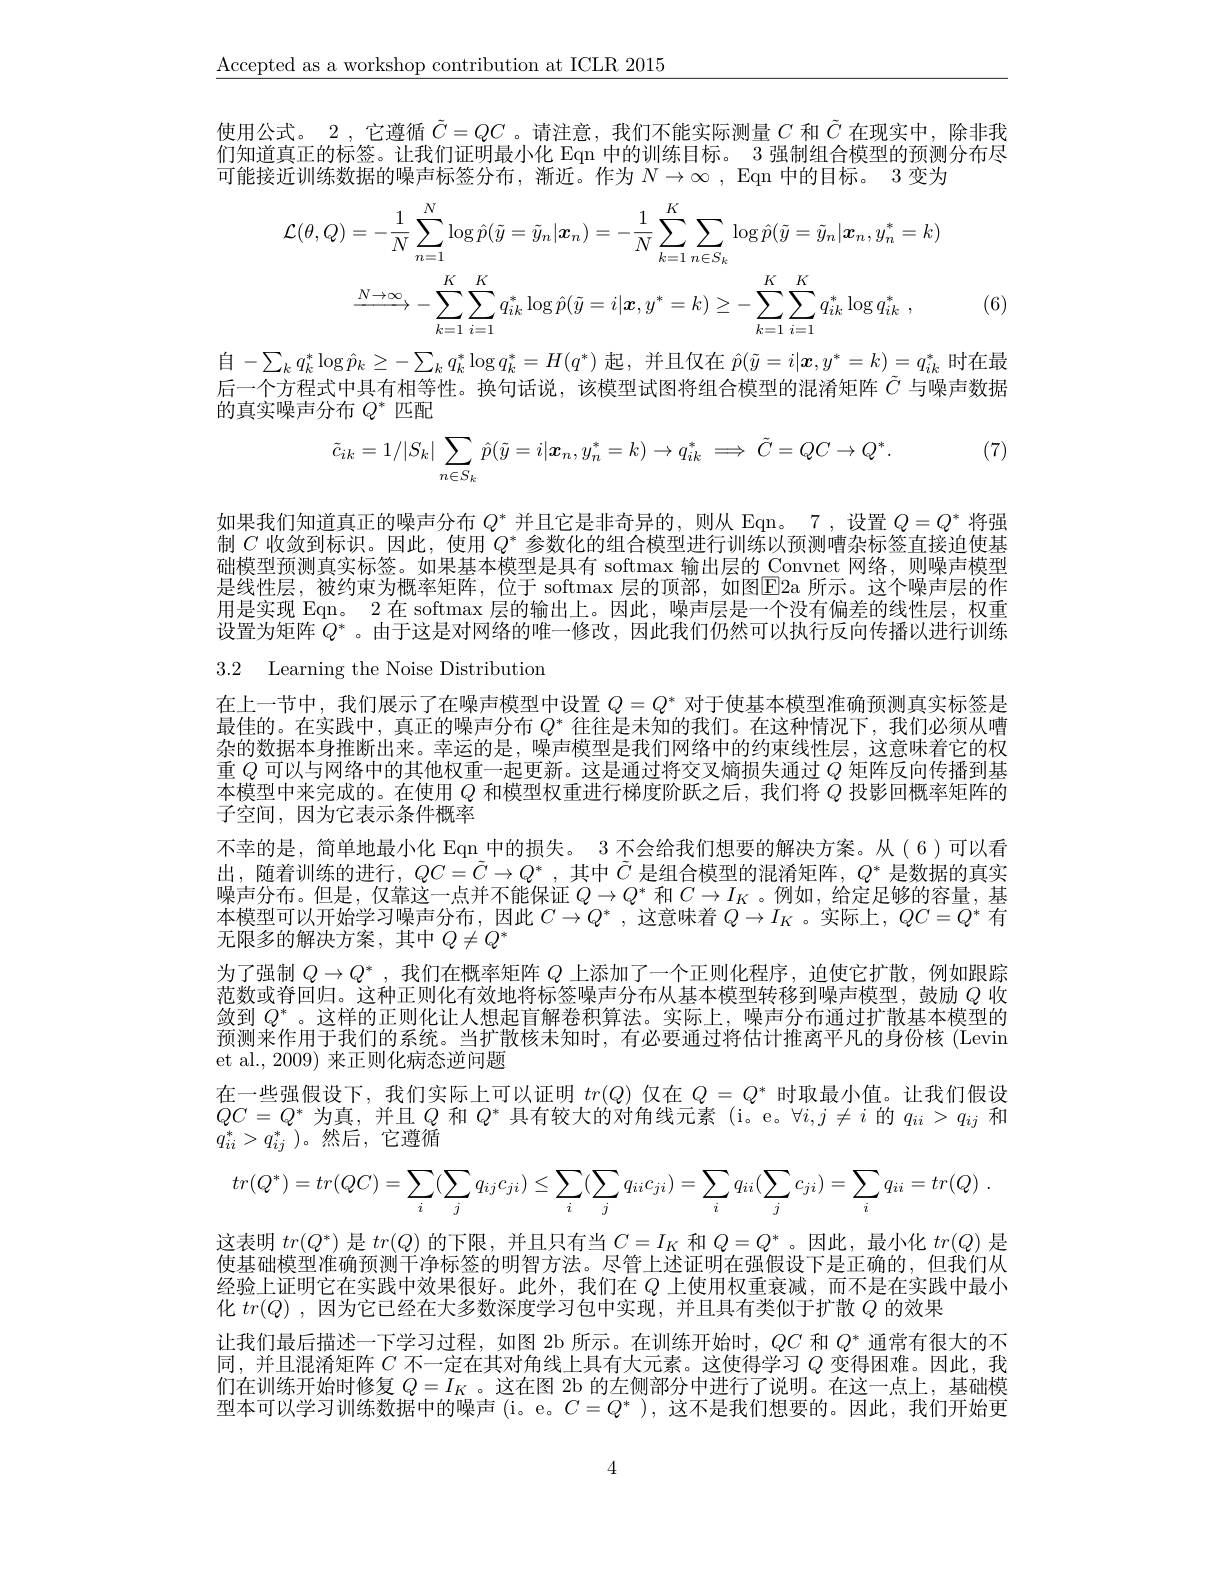
Accepted as a workshop contribution at ICLR 2015

使用公式。2 ,它遵循$\tilde{C}=QC$ 。请注意，我们不能实际测量$C$和$\tilde{C}$在现实中，除非我们知道真正的标签。让我们证明最小化 Eqn 中的训练目标。3 强制组合模型的预测分布尽可能接近训练数据的噪声标签分布，渐近。作为 $N\to \infty$ , Eqn 中的目标。3 变为
$$\mathcal{L}(\theta,Q)=-\frac{1}{N}\sum_{n=1}^{N}\log\hat{p}(\tilde{y}=\tilde{y}_{n}|\boldsymbol{x}_{n})=-\frac{1}{N}\sum_{k=1}^{K}\sum_{n\in S_{k}}\log\hat{p}(\tilde{y}=\tilde{y}_{n}|\boldsymbol{x}_{n},y_{n}^{*}=k)\\\xrightarrow{N\to\infty}-\sum_{k=1}^{K}\sum_{i=1}^{K}q_{ik}^{*}\log\hat{p}(\tilde{y}=i|\boldsymbol{x},y^{*}=k)\geq-\sum_{k=1}^{K}\sum_{i=1}^{K}q_{ik}^{*}\log q_{ik}^{*}\:,$$
(6)

自$-\sum_kq_k^*\log\hat{p}_k\geq-\sum_kq_k^*\log q_k^*=H(q^*)$起，并且仅在$\hat{p}(\tilde{y}=i|\boldsymbol{x},y^*=k)=q_{ik}^*$时在最后一个方程式中具有相等性。换句话说，该模型试图将组合模型的混淆矩阵$\tilde{C}$与噪声数据的真实噪声分布$Q^*$匹配
$$\tilde{c}_{ik}=1/|S_k|\sum_{n\in S_k}\hat{p}(\tilde{y}=i|\boldsymbol{x}_n,y_n^*=k)\to q_{ik}^*\implies\tilde{C}=QC\to Q^*.$$
(7)

如果我们知道真正的噪声分布$Q^*$并且它是非奇异的，则从 Eqn。7 ,设置$Q=Q^*$将强制$C$收敛到标识。因此，使用$Q^*$参数化的组合模型进行训练以预测嘈杂标签直接迫使基础模型预测真实标签。如果基本模型是具有 softmax 输出层的 Convnet 网络，则噪声模型是线性层，被约束为概率矩阵，位于 softmax 层的顶部，如图E2a 所示。这个噪声层的作用是实现 Eqn。2 在 softmax 层的输出上。因此，噪声层是一个没有偏差的线性层，权重设置为矩阵$Q^*$ 。由于这是对网络的唯一修改，因此我们仍然可以执行反向传播以进行训练

3.2 Learning the Noise Distribution

在上一节中，我们展示了在噪声模型中设置$Q=Q^*$对于使基本模型准确预测真实标签是最佳的。在实践中，真正的噪声分布$Q^*$往往是未知的我们。在这种情况下，我们必须从嘈杂的数据本身推断出来。幸运的是，噪声模型是我们网络中的约束线性层，这意味着它的权重$Q$可以与网络中的其他权重一起更新。这是通过将交叉熵损失通过$Q$矩阵反向传播到基本模型中来完成的。在使用$Q$和模型权重进行梯度阶跃之后，我们将$Q$投影回概率矩阵的子空间，因为它表示条件概率
不幸的是，简单地最小化 Eqn 中的损失。3 不会给我们想要的解决方案。从(6)可以看出，随着训练的进行，$QC=\tilde{C}\to Q^*$,其中$\tilde{C}$是组合模型的混淆矩阵，$Q^*$是数据的真实噪声分布。但是，仅靠这一点并不能保证$Q\to Q^*$和$C\to I_K$ 。例如，给定足够的容量，基本模型可以开始学习噪声分布，因此$C\to Q^*$,这意味着$Q\to I_K$ 。实际上，$QC=Q^*$有无限多的解决方案，其中$Q\neq Q^*$
为了强制$Q\to Q^*$,我们在概率矩阵$Q$上添加了一个正则化程序，迫使它扩散，例如跟踪范数或脊回归。这种正则化有效地将标签噪声分布从基本模型转移到噪声模型，鼓励$Q$收敛到$Q^*$ 。这样的正则化让人想起盲解卷积算法。实际上，噪声分布通过扩散基本模型的预测来作用于我们的系统。当扩散核未知时，有必要通过将估计推离平凡的身份核(Levin et al., 2009) 来正则化病态逆问题
在一些强假设下，我们实际上可以证明$tr(Q)$仅在$Q=Q^*$时取最小值。让我们假设$QC=Q^*$为真，并且$Q$和$Q^*$具有较大的对角线元素 (i。e。$\forall i,j\neq i$的$q_ii>q_{ij}$和$q_{ii}^*>q_{ij}^*$)。然后，它遵循
$$tr(Q^{*})=tr(QC)=\sum_{i}(\sum_{j}q_{ij}c_{ji})\leq\sum_{i}(\sum_{j}q_{ii}c_{ji})=\sum_{i}q_{ii}(\sum_{j}c_{ji})=\sum_{i}q_{ii}=tr(Q)\:.$$
这表明$tr(Q^*)$是$tr(Q)$的下限，并且只有当$C=I_K$和$Q=Q^*$。因此，最小化$tr(Q)$是使基础模型准确预测干净标签的明智方法。尽管上述证明在强假设下是正确的，但我们从经验上证明它在实践中效果很好。此外，我们在$Q$上使用权重衰减，而不是在实践中最小化$tr(Q)$ ,因为它已经在大多数深度学习包中实现，并且具有类似于扩散$Q$的效果
让我们最后描述一下学习过程，如图 2b 所示。在训练开始时，$QC$和$Q^*$通常有很大的不同，并且混淆矩阵$C$不一定在其对角线上具有大元素。这使得学习$Q$变得困难。因此，我们在训练开始时修复$Q=I_K$ 。这在图 2b 的左侧部分中进行了说明。在这一点上，基础模型本可以学习训练数据中的噪声 (i。e。$C=Q^*$ ),这不是我们想要的。因此，我们开始更

4